Report on the lunatic asylums under the Government of Bombay - 1904-1913
Year: 1904
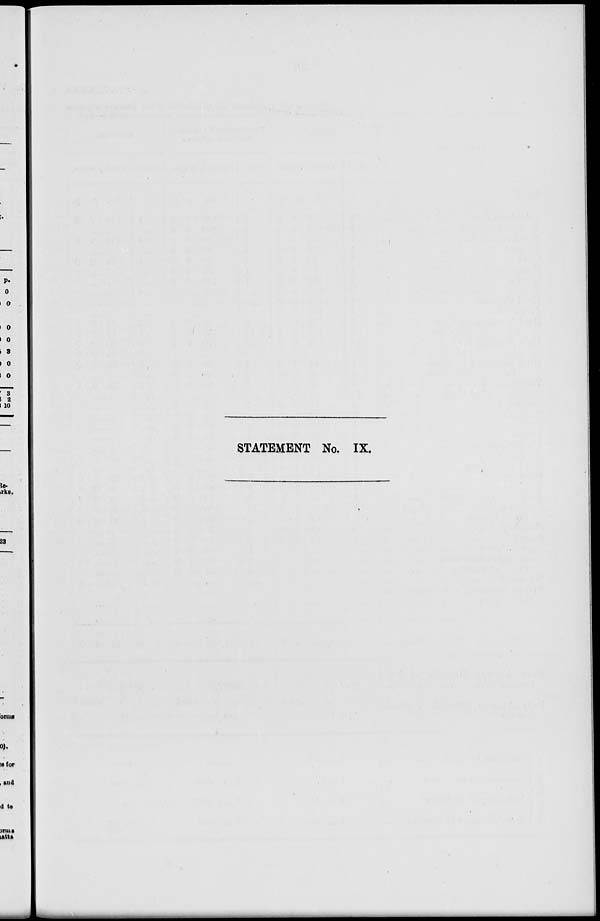
STATEMENT No. IX.